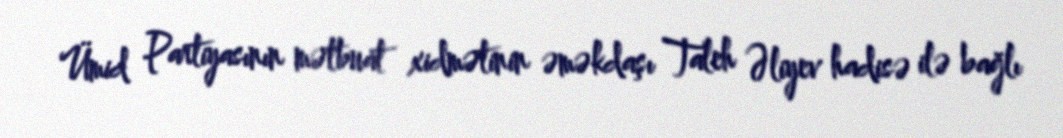
Ümid Partiyasının mətbuat xidmətinin əməkdaşı Taleh Əliyev hadisə ilə bağlı